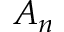
A _ { n }